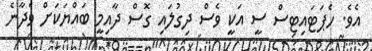
އެވެ. ހެޕަޓައިޓިސް ސީ އަކީ ވެސް ދިގުލައި ގޮސް ދާއިމީ ބައްޔަކަށް ވެދާނެ